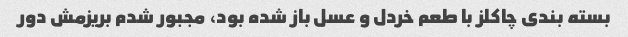
بسته بندی چاکلز با طعم خردل و عسل باز شده بود، مجبور شدم بریزمش دور